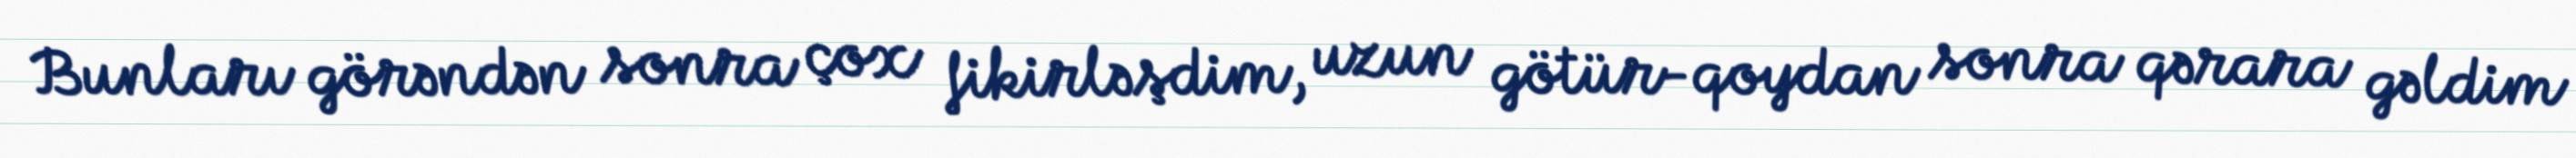
Bunları görəndən sonra çox fikirləşdim, uzun götür-qoydan sonra qərara gəldim